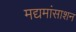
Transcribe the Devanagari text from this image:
मद्यमांसाशन